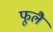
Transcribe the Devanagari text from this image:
फूलै